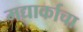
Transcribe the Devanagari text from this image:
मद्यार्काचा